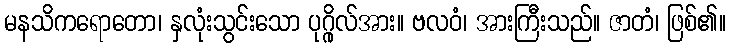
မနသိကရောတော၊ နှလုံးသွင်းသော ပုဂ္ဂိုလ်အား။ ဗလဝံ၊ အားကြီးသည်။ ဇာတံ၊ ဖြစ်၏။